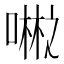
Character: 𪢇